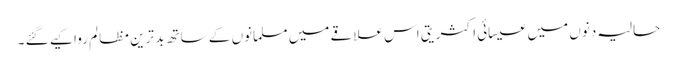
حالیہ دنوں میں عیسائی اکثریتی اس علاقے میں مسلمانوں کے ساتھ بد ترین مظالم روا کیے گئے ۔